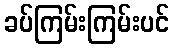
ခပ်ကြမ်းကြမ်းပင်